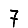
Digit: 7